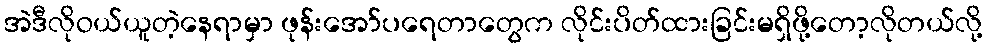
အဲဒီလိုဝယ်ယူတဲ့နေရာမှာ ဖုန်းအော်ပရေတာတွေက လိုင်းပိတ်ထားခြင်းမရှိဖို့တော့လိုတယ်လို့